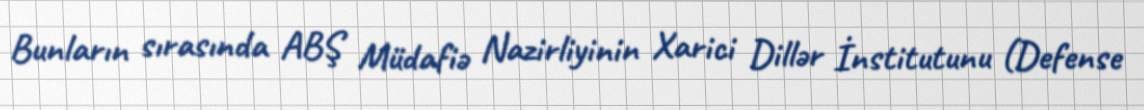
Bunların sırasında ABŞ Müdafiə Nazirliyinin Xarici Dillər İnstitutunu (Defense